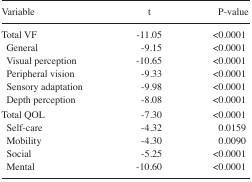
<table><thead><tr><td><b>Variable</b></td><td><b>t</b></td><td><b>P-value</b></td></tr></thead><tbody><tr><td>Total VF</td><td>−11.05</td><td>&lt;0.0001</td></tr><tr><td>General</td><td>−9.15</td><td>&lt;0.0001</td></tr><tr><td>Visual perception</td><td>−10.65</td><td>&lt;0.0001</td></tr><tr><td>Peripheral vision</td><td>−9.33</td><td>&lt;0.0001</td></tr><tr><td>Sensory adaptation</td><td>−9.98</td><td>&lt;0.0001</td></tr><tr><td>Depth perception</td><td>−8.08</td><td>&lt;0.0001</td></tr><tr><td>Total QOL</td><td>−7.30</td><td>&lt;0.0001</td></tr><tr><td>Self-care</td><td>−4.32</td><td>0.0159</td></tr><tr><td>Mobility</td><td>−4.30</td><td>0.0090</td></tr><tr><td>Social</td><td>−5.25</td><td>&lt;0.0001</td></tr><tr><td>Mental</td><td>−10.60</td><td>&lt;0.0001</td></tr></tbody></table>